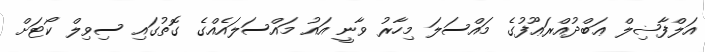
އަލްފާޟިލް ޢަބްދުއްރަޢޫފުގެ މައްސަލަ މިހާރު ވާނީ އައު މައްސަލައެއްގެ ގޮތުގައި ސިވިލް ކޯޓަށް